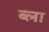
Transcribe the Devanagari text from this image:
ब्ला